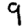
Digit: 9